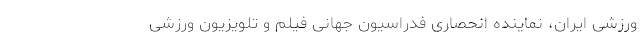
ورزشی ایران، نماینده انحصاری فدراسیون جهانی فیلم و تلویزیون ورزشی